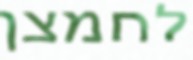
לחמצן